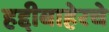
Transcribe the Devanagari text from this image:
हद्दीबाहेरचे